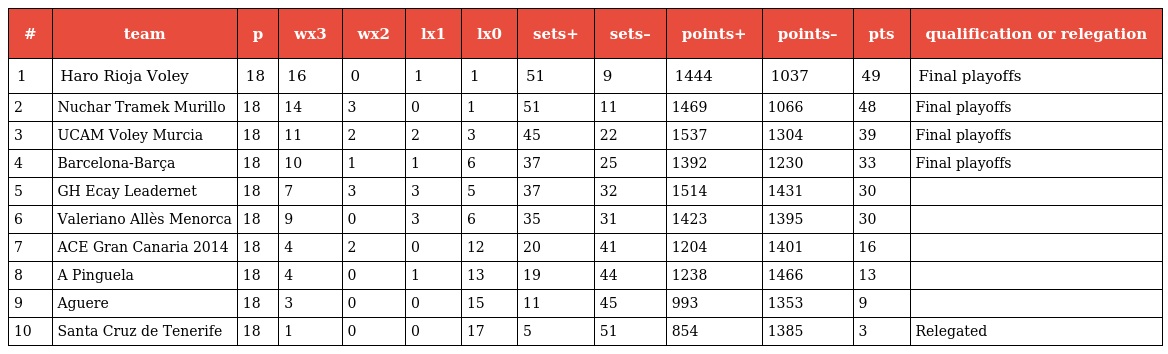
| # | team | p | wx3 | wx2 | lx1 | lx0 | sets+ | sets– | points+ | points– | pts | qualification or relegation |
 | --- | --- | --- | --- | --- | --- | --- | --- | --- | --- | --- | --- | --- |
 | 1 | Haro Rioja Voley | 18 | 16 | 0 | 1 | 1 | 51 | 9 | 1444 | 1037 | 49 | Final playoffs |
 | 2 | Nuchar Tramek Murillo | 18 | 14 | 3 | 0 | 1 | 51 | 11 | 1469 | 1066 | 48 | Final playoffs |
 | 3 | UCAM Voley Murcia | 18 | 11 | 2 | 2 | 3 | 45 | 22 | 1537 | 1304 | 39 | Final playoffs |
 | 4 | Barcelona-Barça | 18 | 10 | 1 | 1 | 6 | 37 | 25 | 1392 | 1230 | 33 | Final playoffs |
 | 5 | GH Ecay Leadernet | 18 | 7 | 3 | 3 | 5 | 37 | 32 | 1514 | 1431 | 30 |  |
 | 6 | Valeriano Allès Menorca | 18 | 9 | 0 | 3 | 6 | 35 | 31 | 1423 | 1395 | 30 |  |
 | 7 | ACE Gran Canaria 2014 | 18 | 4 | 2 | 0 | 12 | 20 | 41 | 1204 | 1401 | 16 |  |
 | 8 | A Pinguela | 18 | 4 | 0 | 1 | 13 | 19 | 44 | 1238 | 1466 | 13 |  |
 | 9 | Aguere | 18 | 3 | 0 | 0 | 15 | 11 | 45 | 993 | 1353 | 9 |  |
 | 10 | Santa Cruz de Tenerife | 18 | 1 | 0 | 0 | 17 | 5 | 51 | 854 | 1385 | 3 | Relegated |